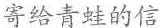
寄给青蛙的信